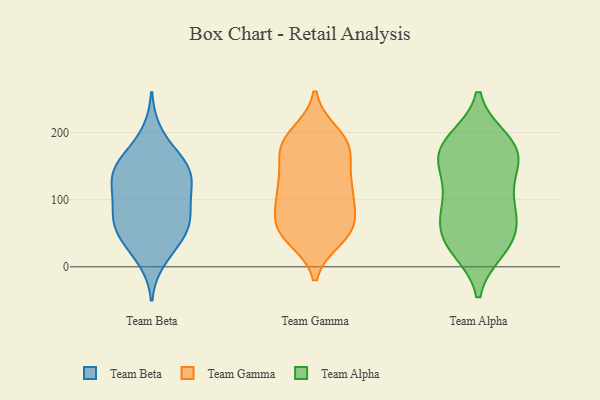
{"axis": {"x": "Demand Index", "y": "Value"}, "legend": ["Team Alpha", "Team Beta", "Team Gamma"], "data": [{"x": "", "y": 200, "type": "Team Beta"}, {"x": "", "y": 158, "type": "Team Beta"}, {"x": "", "y": 156, "type": "Team Beta"}, {"x": "", "y": 70, "type": "Team Beta"}, {"x": "", "y": 140, "type": "Team Beta"}, {"x": "", "y": 47, "type": "Team Beta"}, {"x": "", "y": 71, "type": "Team Beta"}, {"x": "", "y": 164, "type": "Team Beta"}, {"x": "", "y": 145, "type": "Team Beta"}, {"x": "", "y": 61, "type": "Team Beta"}, {"x": "", "y": 127, "type": "Team Beta"}, {"x": "", "y": 119, "type": "Team Beta"}, {"x": "", "y": 133, "type": "Team Beta"}, {"x": "", "y": 89, "type": "Team Beta"}, {"x": "", "y": 45, "type": "Team Beta"}, {"x": "", "y": 10, "type": "Team Beta"}, {"x": "", "y": 107, "type": "Team Beta"}, {"x": "", "y": 97, "type": "Team Beta"}, {"x": "", "y": 26, "type": "Team Beta"}, {"x": "", "y": 62, "type": "Team Beta"}, {"x": "", "y": 57, "type": "Team Gamma"}, {"x": "", "y": 184, "type": "Team Gamma"}, {"x": "", "y": 157, "type": "Team Gamma"}, {"x": "", "y": 55, "type": "Team Gamma"}, {"x": "", "y": 72, "type": "Team Gamma"}, {"x": "", "y": 114, "type": "Team Gamma"}, {"x": "", "y": 64, "type": "Team Gamma"}, {"x": "", "y": 167, "type": "Team Gamma"}, {"x": "", "y": 191, "type": "Team Gamma"}, {"x": "", "y": 101, "type": "Team Gamma"}, {"x": "", "y": 131, "type": "Team Gamma"}, {"x": "", "y": 53, "type": "Team Gamma"}, {"x": "", "y": 180, "type": "Team Gamma"}, {"x": "", "y": 43, "type": "Team Gamma"}, {"x": "", "y": 112, "type": "Team Gamma"}, {"x": "", "y": 124, "type": "Team Gamma"}, {"x": "", "y": 198, "type": "Team Gamma"}, {"x": "", "y": 104, "type": "Team Gamma"}, {"x": "", "y": 182, "type": "Team Gamma"}, {"x": "", "y": 50, "type": "Team Gamma"}, {"x": "", "y": 80, "type": "Team Alpha"}, {"x": "", "y": 32, "type": "Team Alpha"}, {"x": "", "y": 27, "type": "Team Alpha"}, {"x": "", "y": 122, "type": "Team Alpha"}, {"x": "", "y": 77, "type": "Team Alpha"}, {"x": "", "y": 165, "type": "Team Alpha"}, {"x": "", "y": 165, "type": "Team Alpha"}, {"x": "", "y": 97, "type": "Team Alpha"}, {"x": "", "y": 39, "type": "Team Alpha"}, {"x": "", "y": 188, "type": "Team Alpha"}, {"x": "", "y": 167, "type": "Team Alpha"}, {"x": "", "y": 70, "type": "Team Alpha"}, {"x": "", "y": 135, "type": "Team Alpha"}, {"x": "", "y": 185, "type": "Team Alpha"}, {"x": "", "y": 177, "type": "Team Alpha"}, {"x": "", "y": 40, "type": "Team Alpha"}]}